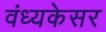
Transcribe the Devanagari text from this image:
वंध्यकेसर